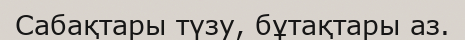
Сабақтары түзу, бұтақтары аз.